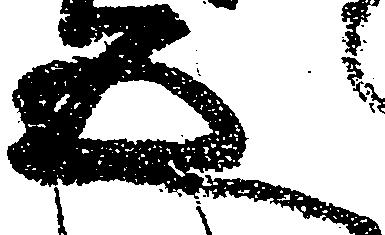
五